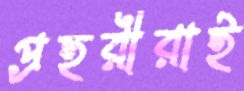
প্রহরীরাই